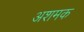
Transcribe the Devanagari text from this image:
अशमक